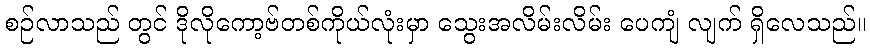
စဉ်လာသည် တွင် ဒိုလိုကော့ဗ်တစ်ကိုယ်လုံးမှာ သွေးအလိမ်းလိမ်း ပေကျံ လျက် ရှိလေသည်။